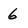
Character: 6